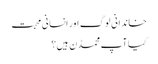
خاندانی لوگ اور انسانی محبت
کیا آپ محمڈن ہیں؟